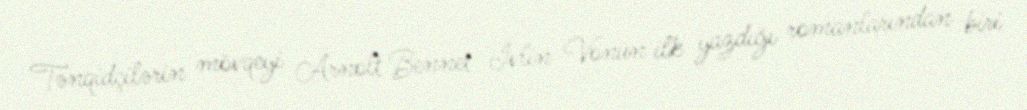
Tənqidçilərin mövqeyi Arnolt Bennet İvlin Vonun ilk yazdığı romanlarından biri